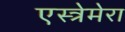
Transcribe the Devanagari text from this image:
एस्त्रेमेरा